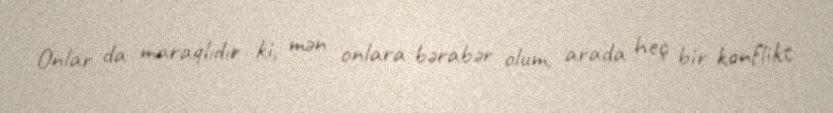
Onlar da maraqlıdır ki, mən onlara bərabər olum, arada heç bir konflikt